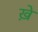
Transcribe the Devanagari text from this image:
ख़े